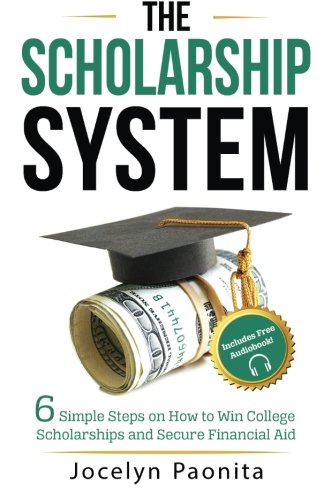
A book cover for The Scholarship System: 6 Simple Steps on How to Win Scholarships and Financial Aid; Jocelyn Marie Paonita; Education & Teaching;